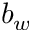
b _ { w }